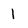
Character: 1